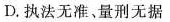
D.执法无准，量刑无据